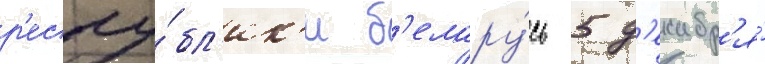
р'еспу́бл'ик'и б'елару́сь 5 д'екабр'я́